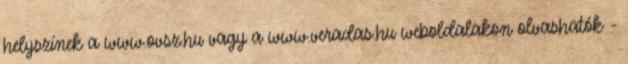
helyszínek a www.ovsz.hu vagy a www.veradas.hu weboldalakon olvashatók -